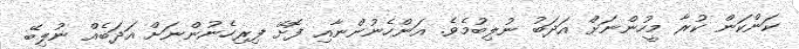
ކަންކަން ކުރާ މީހުންނަށް އަދަބު ނުލިބުމެވެ. އަންހެނުންނާއި ފޮށޭ ފިރިހެނުންނަށް އަދަބެއް ނުލިބޭ